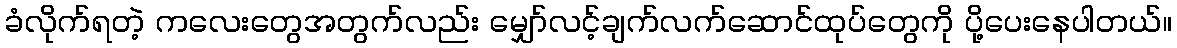
ခံလိုက်ရတဲ့ ကလေးတွေအတွက်လည်း မျှော်လင့်ချက်လက်ဆောင်ထုပ်တွေကို ပို့ပေးနေပါတယ်။